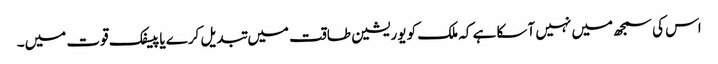
اس کی سمجھ میں نہیں آسکا ہے کہ ملک کو یوریشین طاقت میں تبدیل کرے یا پیسفک قوت میں۔